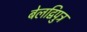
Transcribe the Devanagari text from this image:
बेलद्विपुत्र